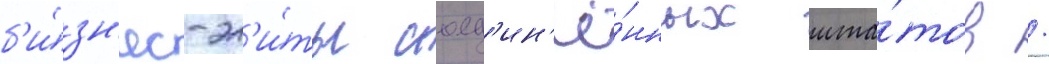
б'и́зн'ес-эл'и́ты соед'ин'ё́нных шта́тов /